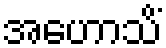
အဟောသိံ